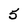
Character: 5